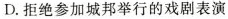
D. 拒绝参加城邦举行的戏剧表演